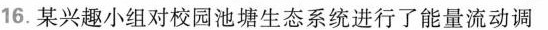
16.某兴趣小组对校园池塘生态系统进行了能量流动调